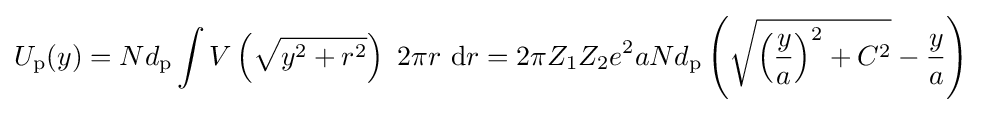
U_{\rm {p}}(y)=Nd_{\rm {p}}\int V\left({\sqrt {y^{2}+r^{2}}}\right)~2\pi r~\mathrm {d} r=2\pi Z_{1}Z_{2}e^{2}aNd_{\rm {p}}\left({\sqrt {\left({\frac {y}{a}}\right)^{2}+C^{2}}}-{\frac {y}{a}}\right)